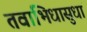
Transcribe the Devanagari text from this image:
तवाभिधासुधां